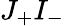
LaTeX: J_{+}I_{-}